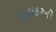
હાઇકરનો